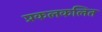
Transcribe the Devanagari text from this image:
प्रकलकलित